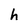
Character: h